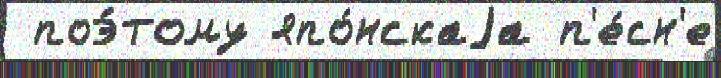
 поэ́тому япо́нскаjа п'е́сн'е